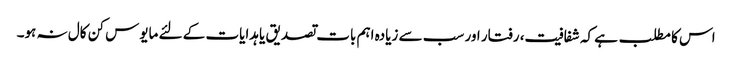
اس کا مطلب ہے کہ شفافیت، رفتار اور سب سے زیادہ اہم بات تصدیق یا ہدایات کے لئے مایوس کن کال نہ ہو۔